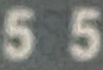
5 5